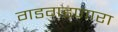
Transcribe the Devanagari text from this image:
गडगडणारा